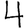
Digit: 4